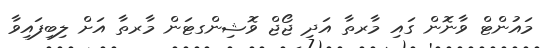
މައުންޓް ވާނޮން ގައި މާރތާ އަދި ޖޯޖް ވޮޝިންގޓަން މާރތާ އަށް ލިބިފައިވާ